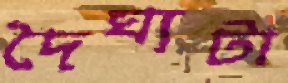
দৈঘ্যটা